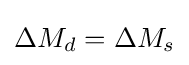
\Delta M_{d}=\Delta M_{s}